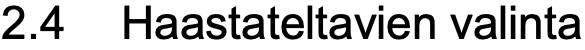
2.4 Haastateltavien valinta